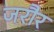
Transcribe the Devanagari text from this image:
जरौर